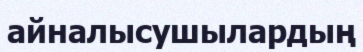
айналысушылардың